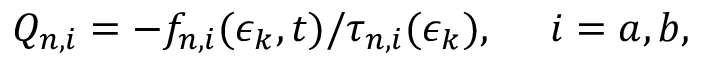
\begin{array} { r } { Q _ { n , i } = - f _ { n , i } ( \epsilon _ { k } , t ) / \tau _ { n , i } ( \epsilon _ { k } ) , ~ ~ ~ ~ i = a , b , } \end{array}